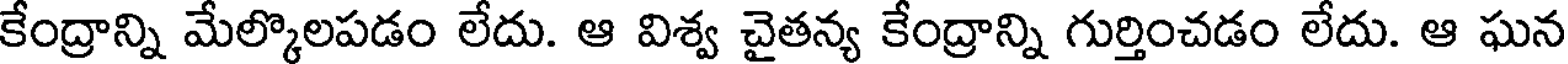
కేంద్రాన్ని మేల్కొలపడం లేదు. ఆ విశ్వ చైతన్య కేంద్రాన్ని గుర్తించడం లేదు. ఆ ఘన